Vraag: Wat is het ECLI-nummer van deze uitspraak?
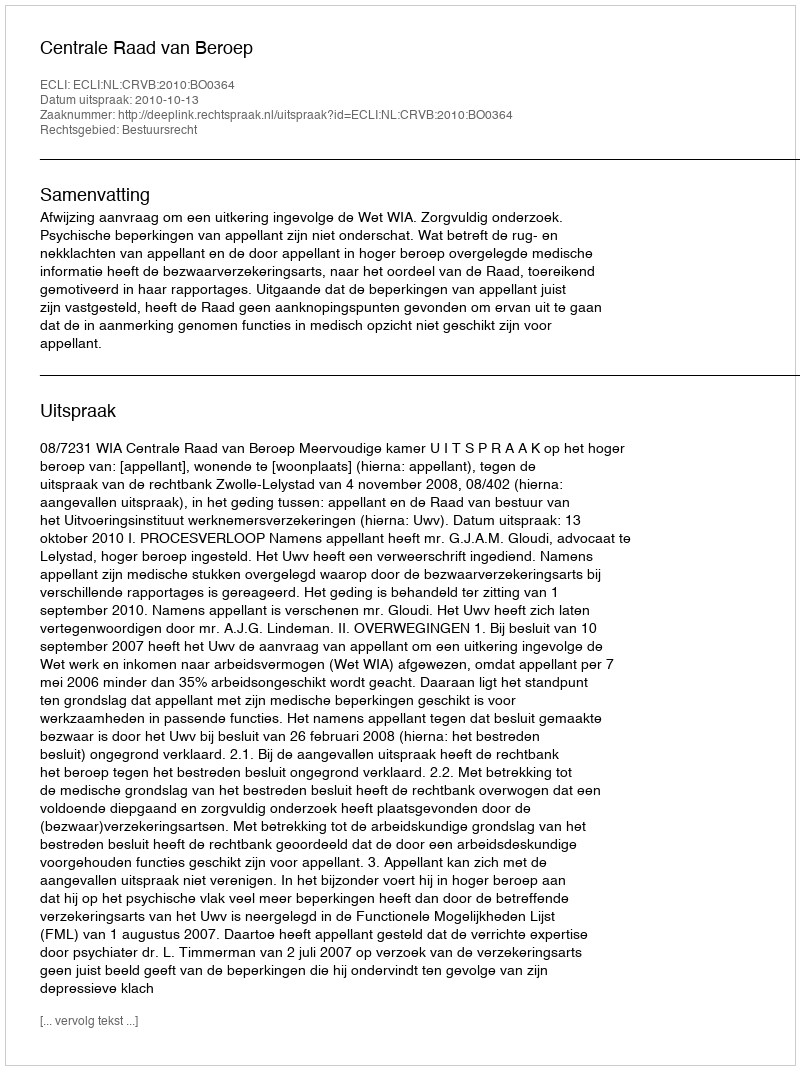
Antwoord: ECLI:NL:CRVB:2010:BO0364